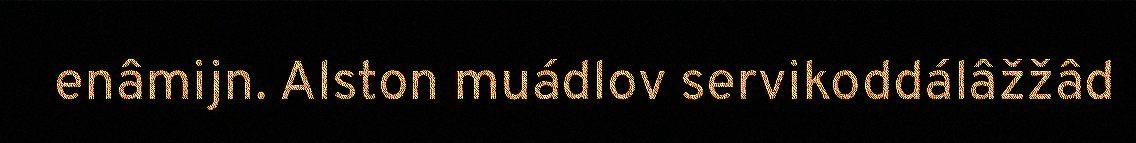
enâmijn. Alston muádlov servikoddálâžžâd